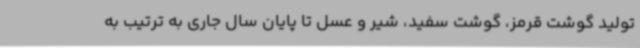
تولید گوشت قرمز، گوشت سفید، شیر و عسل تا پایان سال جاری به ترتیب به